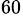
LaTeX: ^\mathrm{60}